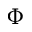
\Phi